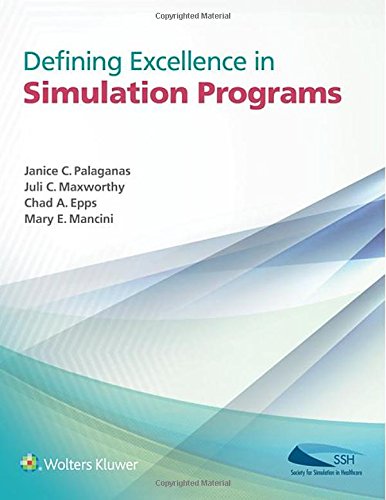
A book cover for Defining Excellence in Simulation Programs; Medical Books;